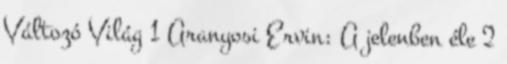
Változó Világ 1 Aranyosi Ervin: A jelenben éle 2